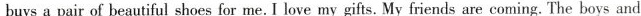
buys a pair of beautiful shoes for me. I love my gifts. My friends are coming. The boys and